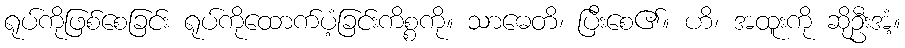
ရုပ်ကိုဖြစ်စေခြင်း ရုပ်ကိုထောက်ပံ့ခြင်းကိစ္စကို။ သာဓေတိ၊ ပြီးစေ၏။ ဟိ၊ အထူးကို ဆိုဦးအံ့။